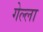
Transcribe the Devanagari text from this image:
गेल्ला